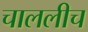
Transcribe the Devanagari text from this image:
चाललीच